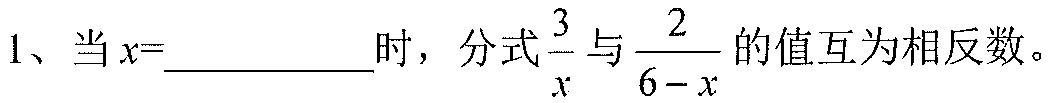
1、当\(x = \_\_\_\_\_\_\)时，分式\(\frac{3}{x}\)与\(\frac{2}{6 - x}\)的值互为相反数。